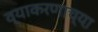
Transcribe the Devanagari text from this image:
व्याकरणाच्या़